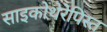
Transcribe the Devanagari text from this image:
साइकोथेरेपिस्त